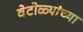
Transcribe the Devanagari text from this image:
वेटोळ्यांच्या